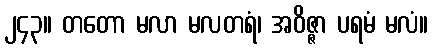
၂၄၃။ တတော မလာ မလတရံ၊ အဝိဇ္ဇာ ပရမံ မလံ။